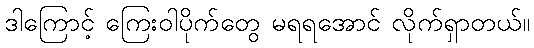
ဒါကြောင့် ကြေးဝါပိုက်တွေ မရရအောင် လိုက်ရှာတယ်။